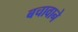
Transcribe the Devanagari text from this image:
बचावाने